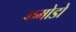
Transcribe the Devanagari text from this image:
कमोडो